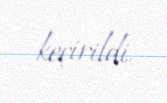
keçirildi.